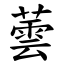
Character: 蕓